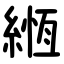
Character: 緪